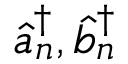
\hat { a } _ { n } ^ { \dagger } , \hat { b } _ { n } ^ { \dagger }